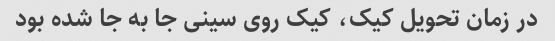
در زمان تحویل کیک، کیک روی سینی جا به جا شده بود